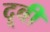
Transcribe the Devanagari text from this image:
दूबी